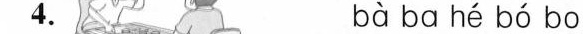
4,bà ba hé bó bo